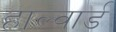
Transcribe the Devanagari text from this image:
हाल्वार्ड